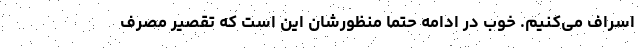
اسراف می‌کنیم. خوب در ادامه حتماً منظورشان این است که تقصیر مصرف‌